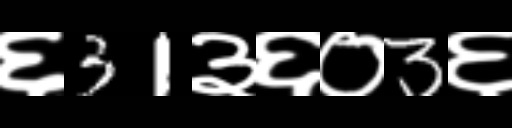
Text: ६31३६०3६